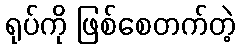
ရုပ်ကို ဖြစ်စေတက်တဲ့